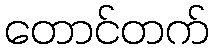
တောင်တက်